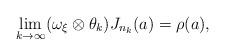
LaTeX: \begin{align*}\lim_{k \to \infty} (\omega_\xi \otimes \theta_k) J_{n_k}(a) = \rho(a),\end{align*}